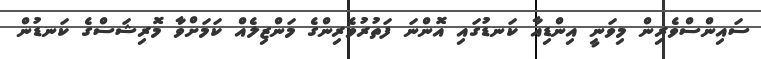
ސައިންސްވެރިން މިވަނީ އިންޑިއާ ކަނޑުގައި އޮންނަ ފަތުރުވެރިންގެ މަންޒިލެއް ކަމަށްވާ މޮރިޝަސްގެ ކަނޑުން